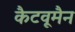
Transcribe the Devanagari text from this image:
कैटवूमैन